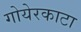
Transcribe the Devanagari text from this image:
गोयेरकाटा